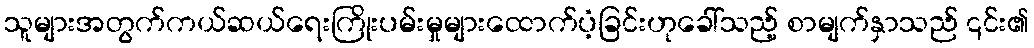
သူများအတွက်ကယ်ဆယ်ရေးကြိုးပမ်းမှုများထောက်ပံ့ခြင်းဟုခေါ်သည့် စာမျက်နှာသည် ၎င်း၏